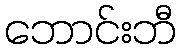
ဘောင်းဘီ